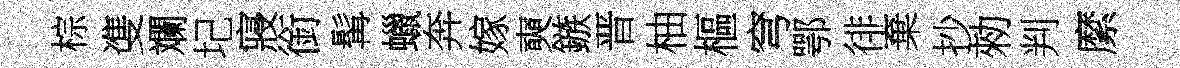
棕㕠斕圮寢銜髯蠟奔嫁奭鏃晋柚樞穹鄂徘棄抄勑判縻